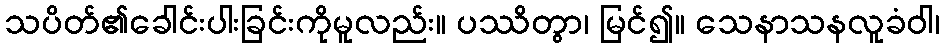
သပိတ်၏ခေါင်းပါးခြင်းကိုမူလည်း။ ပဿိတွာ၊ မြင်၍။ သေနာသနလူခံဝါ၊